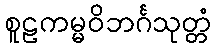
စူဠကမ္မဝိဘင်္ဂသုတ္တံ